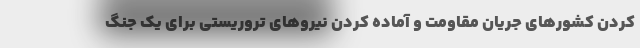
کردن کشورهای جریان مقاومت و آماده کردن نیروهای تروریستی برای یک جنگ